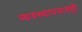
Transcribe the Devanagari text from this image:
व्यवस्थापनातही